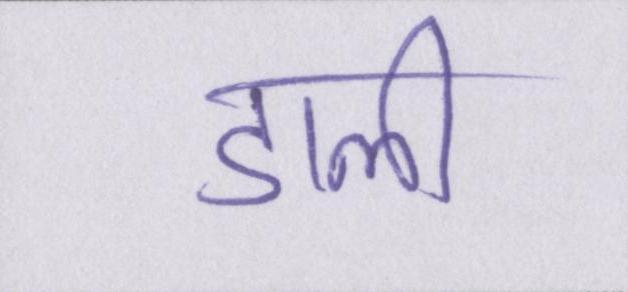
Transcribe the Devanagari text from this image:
डाली